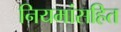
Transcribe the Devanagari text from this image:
नियमांसहित